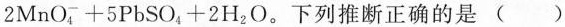
2 M n O _ { 4 } ^ { - } + 5 P b S O _ { 4 } + 2 H _ { 2 } O$$。下列推断正确的是()